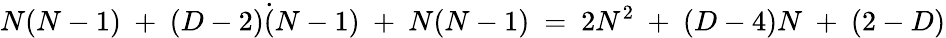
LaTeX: N(N-1)\ +\ (D-2)\dot{(}N-1)\ +\ N(N-1)\ =\ 2N^{2}\ +\ (D-4)N\ +\ (2-D)